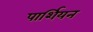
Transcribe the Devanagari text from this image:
पार्शियन